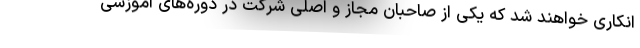
انکاری خواهند شد که یکی از صاحبان مجاز و اصلی شرکت در دوره‌های آموزشی